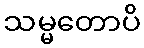
သမ္မတောပိ